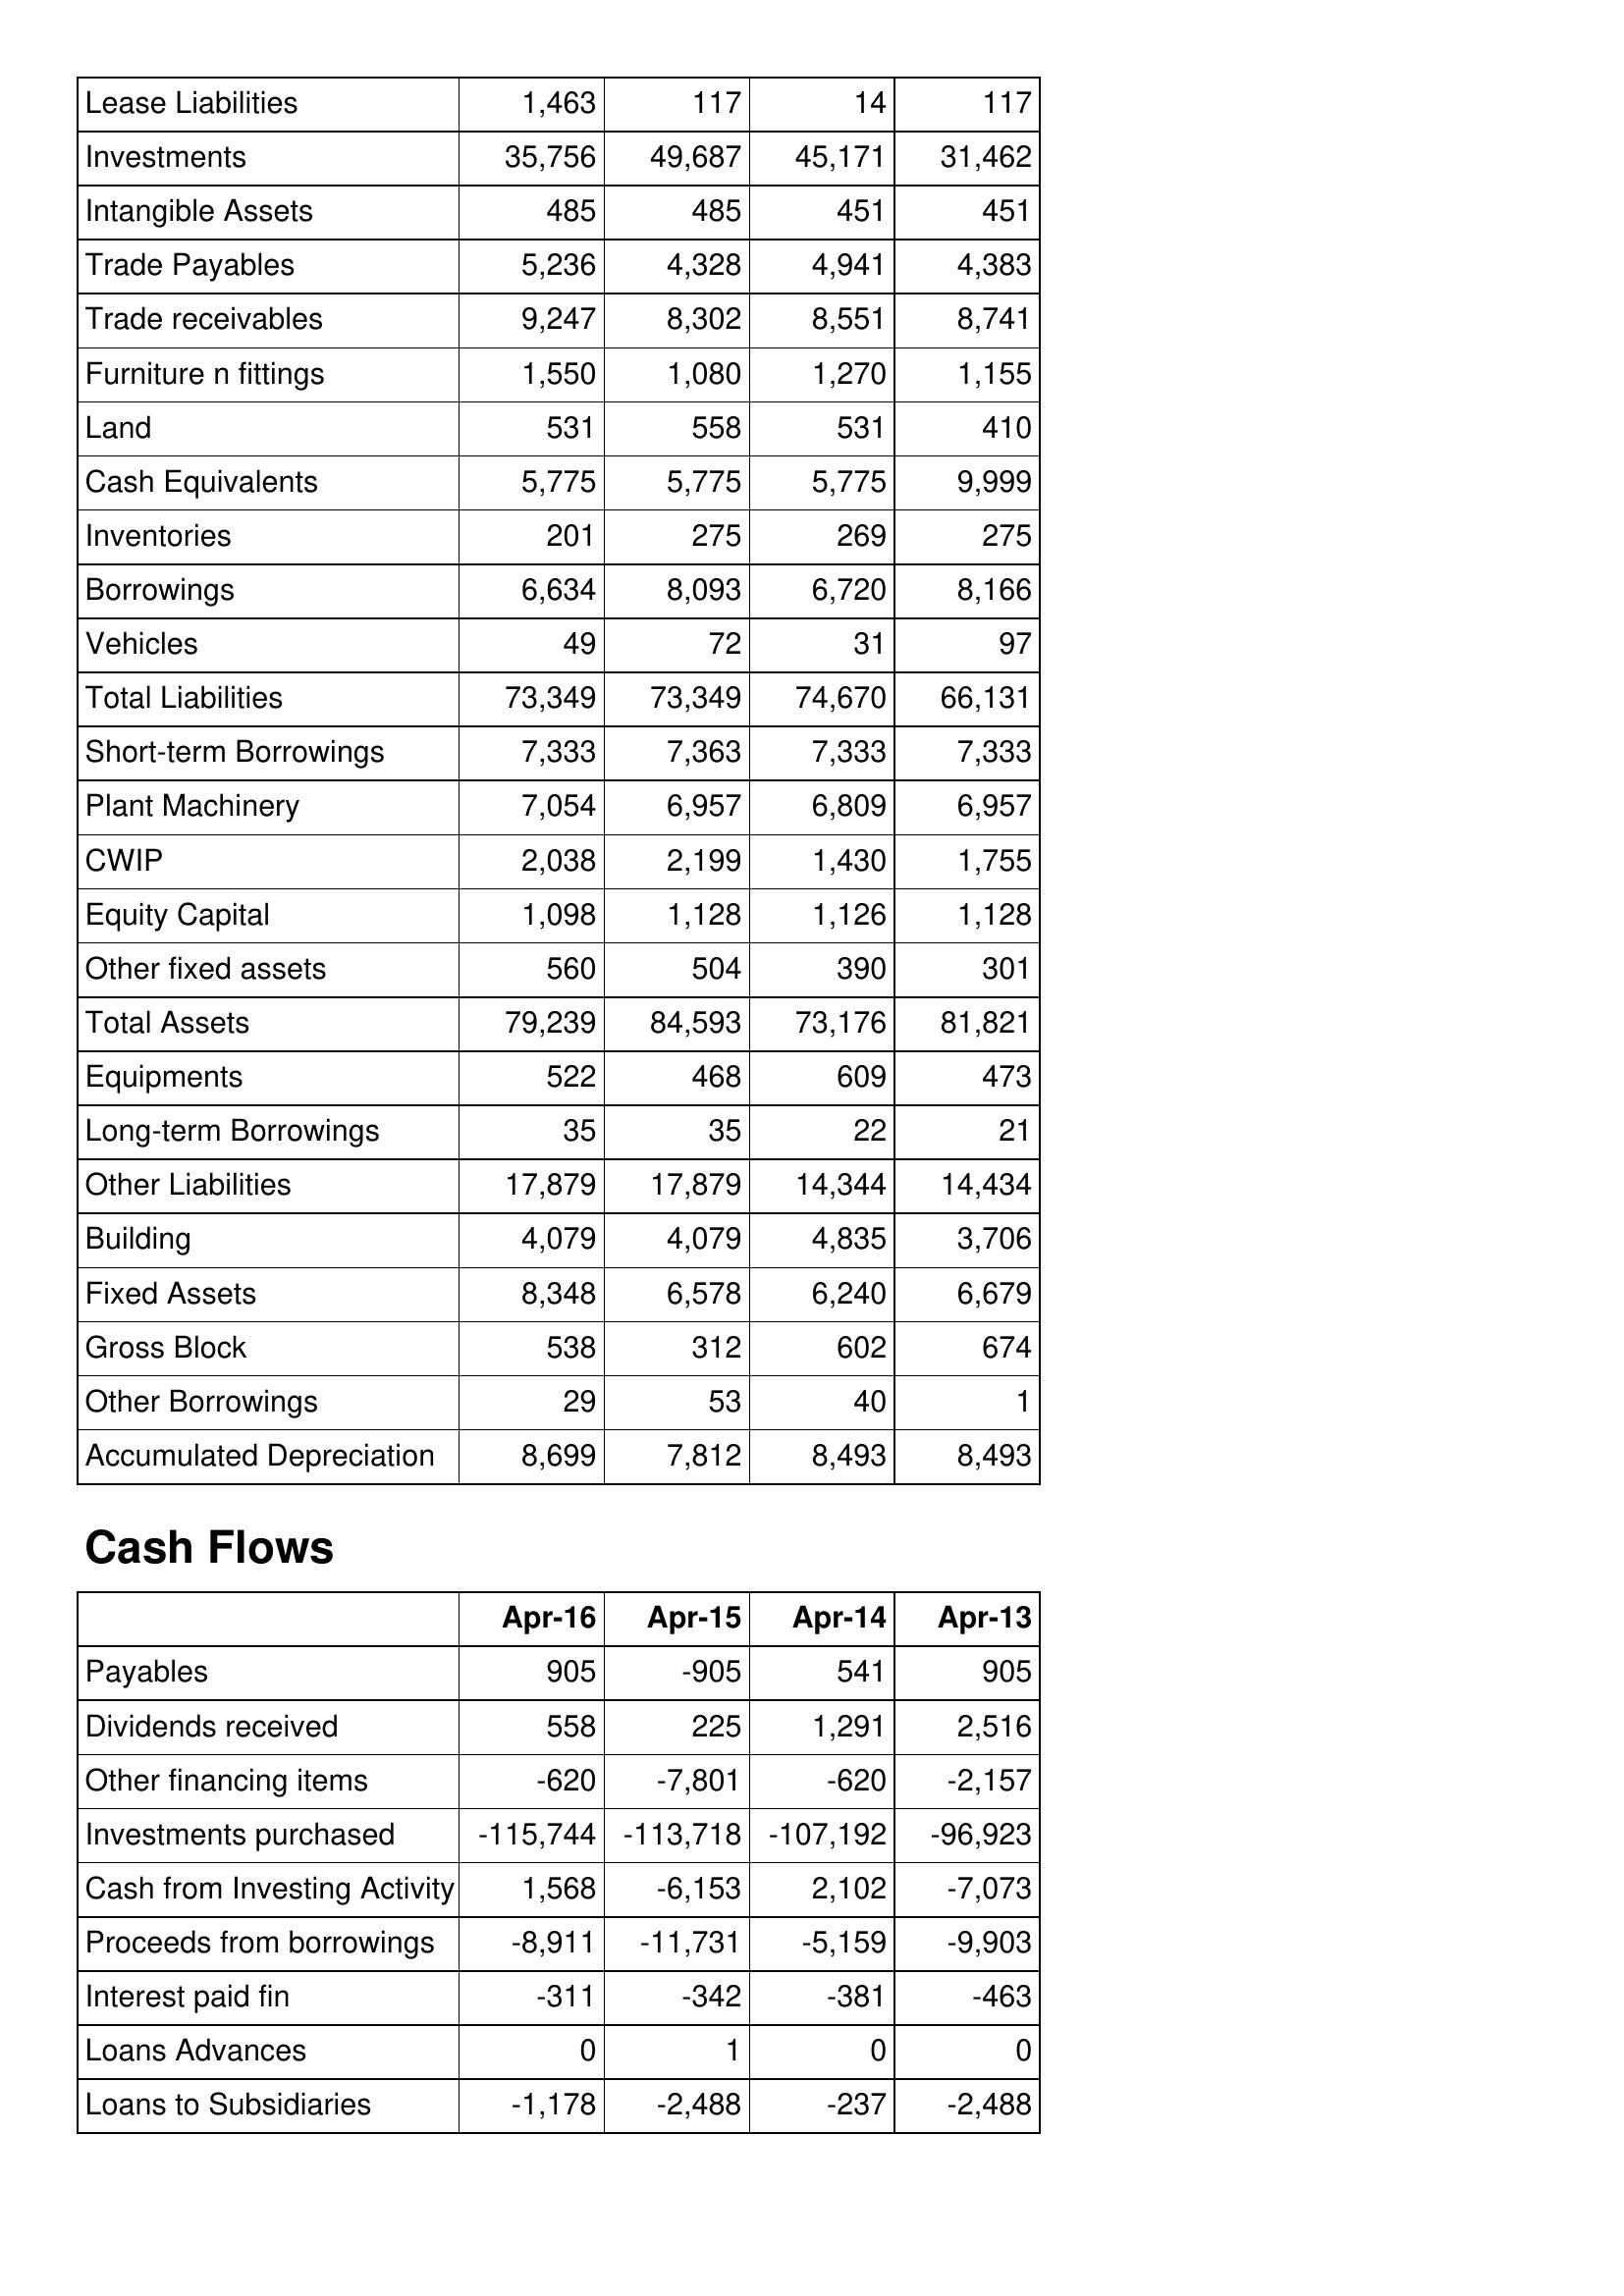
Apr-16: Balance Sheet: Lease Liabilities: 1,463
Investments: 35,756
Intangible Assets: 485
Trade Payables: 5,236
Trade receivables: 9,247
Furniture n fittings: 1,550
Land: 531
Cash Equivalents: 5,775
Inventories: 201
Borrowings: 6,634
Vehicles: 49
Total Liabilities: 73,349
Short-term Borrowings: 7,333
Plant Machinery: 7,054
CWIP: 2,038
Equity Capital: 1,098
Other fixed assets: 560
Total Assets: 79,239
Equipments: 522
Long-term Borrowings: 35
Other Liabilities: 17,879
Building: 4,079
Fixed Assets: 8,348
Gross Block: 538
Other Borrowings: 29
Accumulated Depreciation: 8,699
Cash Flows: Payables: 905
Dividends received: 558
Other financing items: -620
Investments purchased: -115,744
Cash from Investing Activity: 1,568
Proceeds from borrowings: -8,911
Interest paid fin: -311
Loans Advances: 0
Loans to Subsidiaries: -1,178
Apr-15: Balance Sheet: Lease Liabilities: 117
Investments: 49,687
Intangible Assets: 485
Trade Payables: 4,328
Trade receivables: 8,302
Furniture n fittings: 1,080
Land: 558
Cash Equivalents: 5,775
Inventories: 275
Borrowings: 8,093
Vehicles: 72
Total Liabilities: 73,349
Short-term Borrowings: 7,363
Plant Machinery: 6,957
CWIP: 2,199
Equity Capital: 1,128
Other fixed assets: 504
Total Assets: 84,593
Equipments: 468
Long-term Borrowings: 35
Other Liabilities: 17,879
Building: 4,079
Fixed Assets: 6,578
Gross Block: 312
Other Borrowings: 53
Accumulated Depreciation: 7,812
Cash Flows: Payables: -905
Dividends received: 225
Other financing items: -7,801
Investments purchased: -113,718
Cash from Investing Activity: -6,153
Proceeds from borrowings: -11,731
Interest paid fin: -342
Loans Advances: 1
Loans to Subsidiaries: -2,488
Apr-14: Balance Sheet: Lease Liabilities: 14
Investments: 45,171
Intangible Assets: 451
Trade Payables: 4,941
Trade receivables: 8,551
Furniture n fittings: 1,270
Land: 531
Cash Equivalents: 5,775
Inventories: 269
Borrowings: 6,720
Vehicles: 31
Total Liabilities: 74,670
Short-term Borrowings: 7,333
Plant Machinery: 6,809
CWIP: 1,430
Equity Capital: 1,126
Other fixed assets: 390
Total Assets: 73,176
Equipments: 609
Long-term Borrowings: 22
Other Liabilities: 14,344
Building: 4,835
Fixed Assets: 6,240
Gross Block: 602
Other Borrowings: 40
Accumulated Depreciation: 8,493
Cash Flows: Payables: 541
Dividends received: 1,291
Other financing items: -620
Investments purchased: -107,192
Cash from Investing Activity: 2,102
Proceeds from borrowings: -5,159
Interest paid fin: -381
Loans Advances: 0
Loans to Subsidiaries: -237
Apr-13: Balance Sheet: Lease Liabilities: 117
Investments: 31,462
Intangible Assets: 451
Trade Payables: 4,383
Trade receivables: 8,741
Furniture n fittings: 1,155
Land: 410
Cash Equivalents: 9,999
Inventories: 275
Borrowings: 8,166
Vehicles: 97
Total Liabilities: 66,131
Short-term Borrowings: 7,333
Plant Machinery: 6,957
CWIP: 1,755
Equity Capital: 1,128
Other fixed assets: 301
Total Assets: 81,821
Equipments: 473
Long-term Borrowings: 21
Other Liabilities: 14,434
Building: 3,706
Fixed Assets: 6,679
Gross Block: 674
Other Borrowings: 1
Accumulated Depreciation: 8,493
Cash Flows: Payables: 905
Dividends received: 2,516
Other financing items: -2,157
Investments purchased: -96,923
Cash from Investing Activity: -7,073
Proceeds from borrowings: -9,903
Interest paid fin: -463
Loans Advances: 0
Loans to Subsidiaries: -2,488